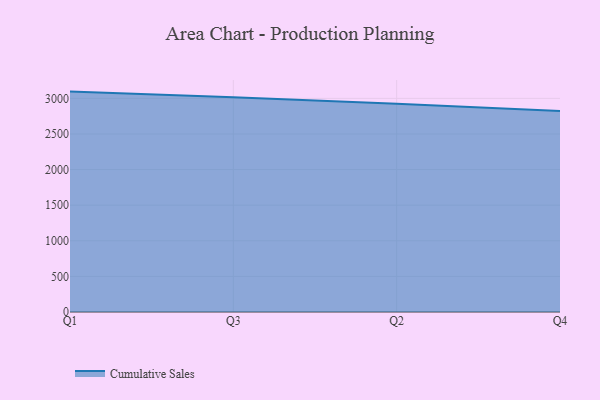
{"axis": {"x": "Quarter", "y": "Humidity (%)"}, "legend": ["Cumulative Sales"], "data": [{"x": "Q1", "y": 3095.1, "type": "Cumulative Sales"}, {"x": "Q3", "y": 3015.0, "type": "Cumulative Sales"}, {"x": "Q2", "y": 2923.9, "type": "Cumulative Sales"}, {"x": "Q4", "y": 2824.0, "type": "Cumulative Sales"}]}